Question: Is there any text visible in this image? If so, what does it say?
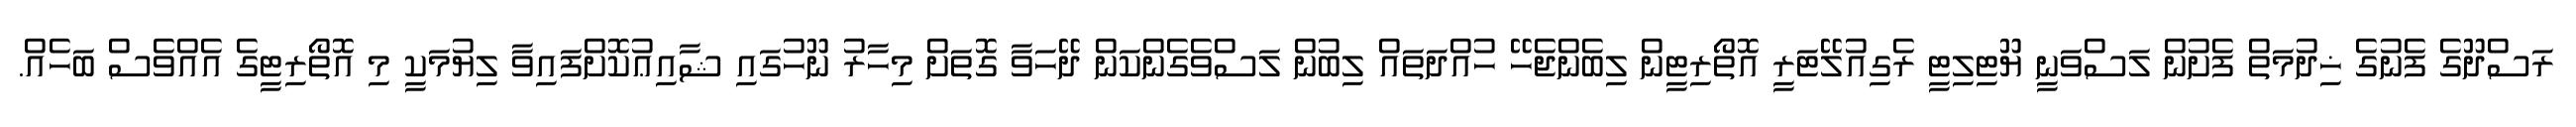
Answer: ރަސްދޫގެ ފެނުގެ ޚިދުމަތް ފެށުން ލަސްވަނީ ޔޫޓިލިޓީ ރެގިއުލޭޓަރީ އޮތޯރިޓީން ލިބެންޖެހޭ ހުއްދަތައް ލިބުން ލަސްވެގެންކަން ދޭހަވާ ގޮތަށް މިހާރު ނޫހުގައި ޝާއިޢުކޮށްފައިވާ ލިޔުމަކީ މި އޮތޯރިޓީގެ އެއްވެސް ބަހެއް.